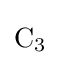
{\mathrm {C} {\vphantom {A}}_{\smash[{t}]{3}}}